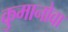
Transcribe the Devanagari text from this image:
कुमानोवा